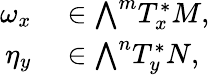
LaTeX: \begin{array}{rl}{\omega_{x}}&{{}\in{\textstyle\bigwedge}^{m}T_{x}^{*}M,}\\ {\eta_{y}}&{{}\in{\textstyle\bigwedge}^{n}T_{y}^{*}N,}\end{array}